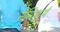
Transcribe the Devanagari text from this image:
सेमिस्टर्स